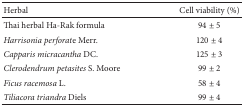
<table><thead><tr><td><b>Herbal</b></td><td><b>Cell viability (%)</b></td></tr></thead><tbody><tr><td>Thai herbal Ha-Rak formula</td><td>94 ± 5</td></tr><tr><td><i>Harrisonia perforat</i>e Merr.</td><td>120 ± 4</td></tr><tr><td><i>Capparis micracantha</i> DC.</td><td>125 ± 3</td></tr><tr><td><i>Clerodendrum petasites</i> S. Moore</td><td>99 ± 2</td></tr><tr><td><i>Ficus racemosa</i> L.</td><td>58 ± 4</td></tr><tr><td><i>Tiliacora triandra</i> Diels</td><td>99 ± 4</td></tr></tbody></table>